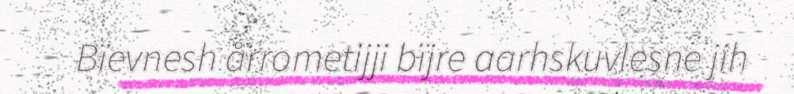
Bïevnesh årrometijji bïjre aarhskuvlesne jih